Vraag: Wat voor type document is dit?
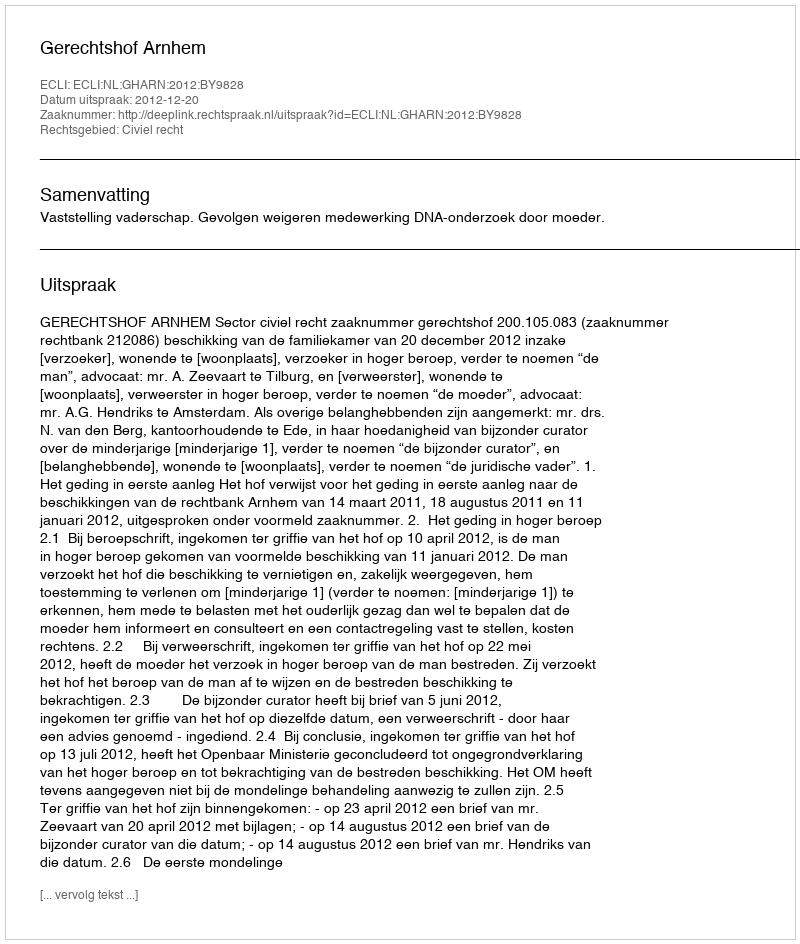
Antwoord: Uitspraak